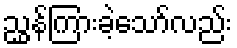
ညွှန်ကြားခဲ့သော်လည်း